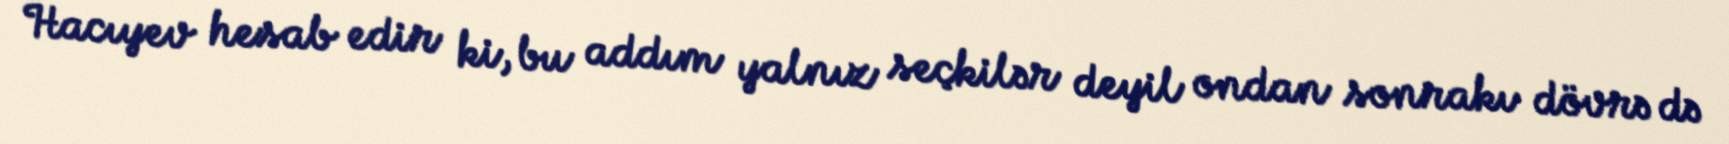
Hacıyev hesab edir ki, bu addım yalnız seçkilər deyil ondan sonrakı dövrə də